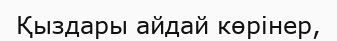
Қыздары айдай көрінер,